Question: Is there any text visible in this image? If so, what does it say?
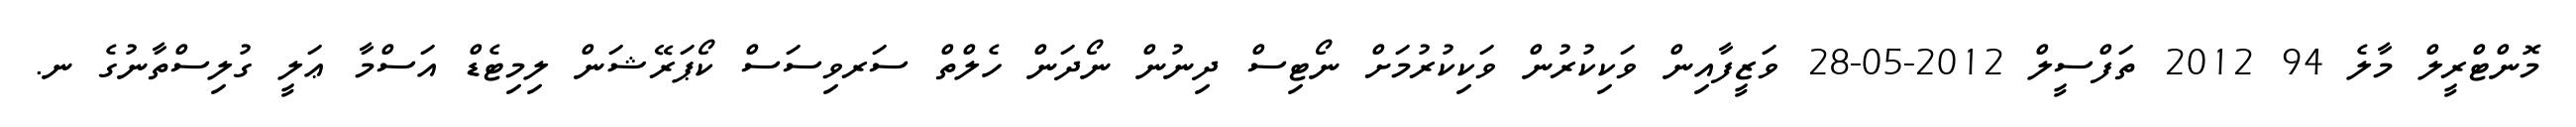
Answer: މޮންޓްރީލް މާލެ 94 2012 ތަފްސީލް 2012-05-28 ވަޒީފާއިން ވަކިކުރުން ވަކިކުރުމަށް ނޯޓިސް ދިނުން ނޯދަން ހެލްތް ސަރވިސަސް ކޯޕަރޭޝަން ލިމިޓެޑް އަސްމާ ޢަލީ ގުލިސްތާނުގެ ނ.